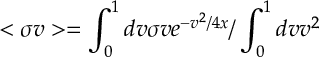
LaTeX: < \sigma v > = \int _ { 0 } ^ { 1 } d v \sigma v e ^ { - v ^ { 2 } / 4 x } / \int _ { 0 } ^ { 1 } d v v ^ { 2 }